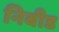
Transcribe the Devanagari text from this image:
निबीड